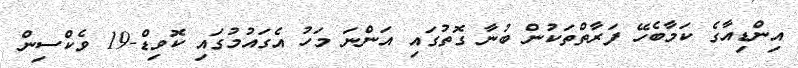
އިންޑިއާގެ ކަމާބެހޭ ފަރާތްތަކުން ބުނާ ގޮތުގައި އަންނަ މަހު އެގައުމުގައި ކޮވިޑް-19 ވެކްސިން